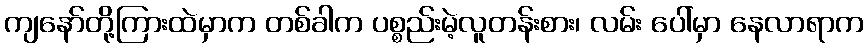
ကျနော်တို့ကြားထဲမှာက တစ်ခါက ပစ္စည်းမဲ့လူတန်းစား၊ လမ်း ပေါ်မှာ နေလာရာက